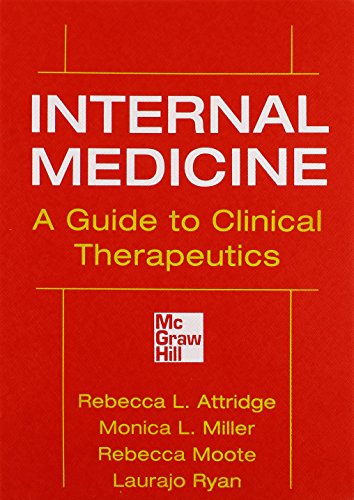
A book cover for Internal Medicine A Guide to Clinical Therapeutics; Rebecca L. Attridge; Medical Books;